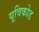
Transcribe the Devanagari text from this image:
यूविकोड